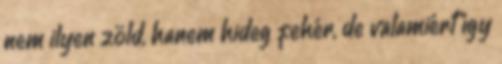
nem ilyen zöld, hanem hideg fehér, de valamiért így